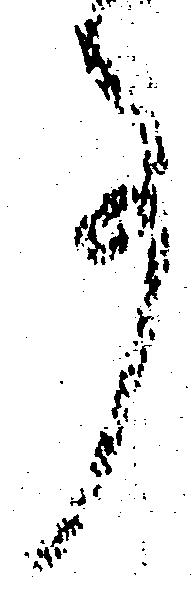
事